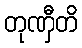
တုဏှီတိ